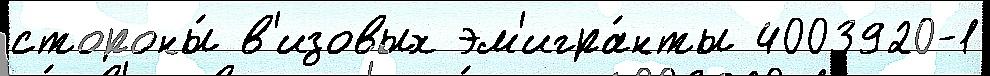
стороны́ в'изовых эм'игра́нты 4003920-1